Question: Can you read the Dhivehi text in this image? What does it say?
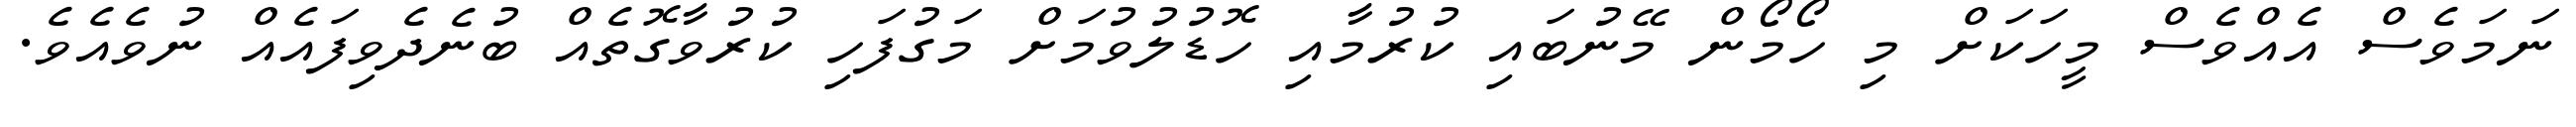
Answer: ނަމަވެސް އެއްވެސް މީހަކަށް މި ހޯމޯން މޭނުބައި ކުރުމާއި ހޮޑުލުވުމަށް މަގުފަހި ކުރުވާގޮތެއް ބުނެދެވިފައެއް ނުވެއެވެ.